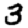
Digit: 3